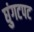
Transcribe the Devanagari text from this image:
घुंगटपट